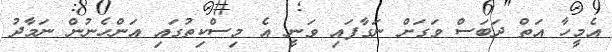
އެމީހާ އަތް ދަބަސް ވަގަށް ނަގާފައި ވަނީ އެ މިސްކިތުގައި އަންހެނުން ނަމާދު